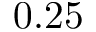
0 . 2 5